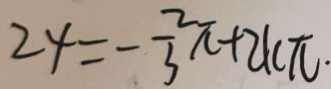
2 4 = - \frac { 2 } { 3 } \pi + 2 k \pi .